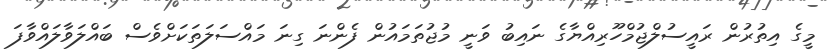
މީގެ އިތުރުން ރައީސުލްޖުމްހޫރިއްޔާގެ ނައިބު ވަނީ މުޖުތަމައުން ފެންނަ ގިނަ މައްސަލަތަކަށްވެސް ބައްލަވާލައްވާފަ